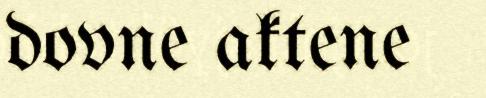
dovne aktene